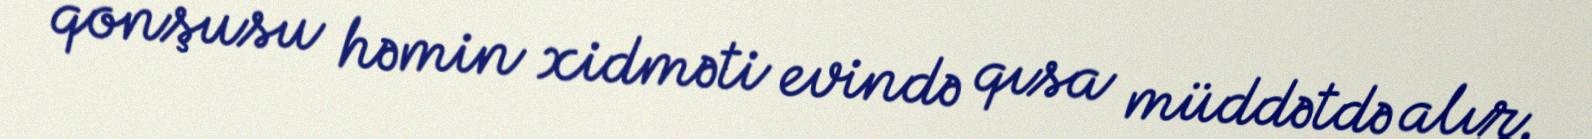
qonşusu həmin xidməti evində qısa müddətdə alır.